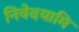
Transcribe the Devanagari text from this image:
निवेदयामि